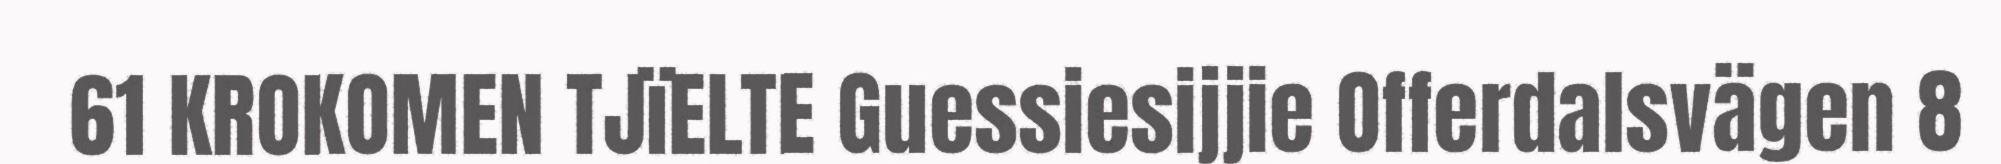
61 KROKOMEN TJïELTE Guessiesijjie Offerdalsvägen 8